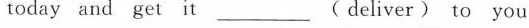
today and get it _ ( deliver) to you